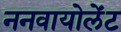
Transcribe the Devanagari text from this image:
ननवायोलेंट